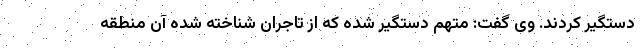
دستگیر کردند. وی گفت: متهم دستگیر شده که از تاجران شناخته شده آن منطقه